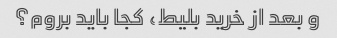
و بعد از خرید بلیط، کجا باید بروم؟